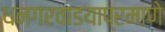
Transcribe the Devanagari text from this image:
धनगरवाडयाप्रमाणे